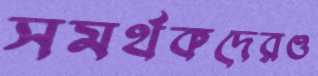
সমর্থকদেরও